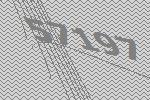
57197